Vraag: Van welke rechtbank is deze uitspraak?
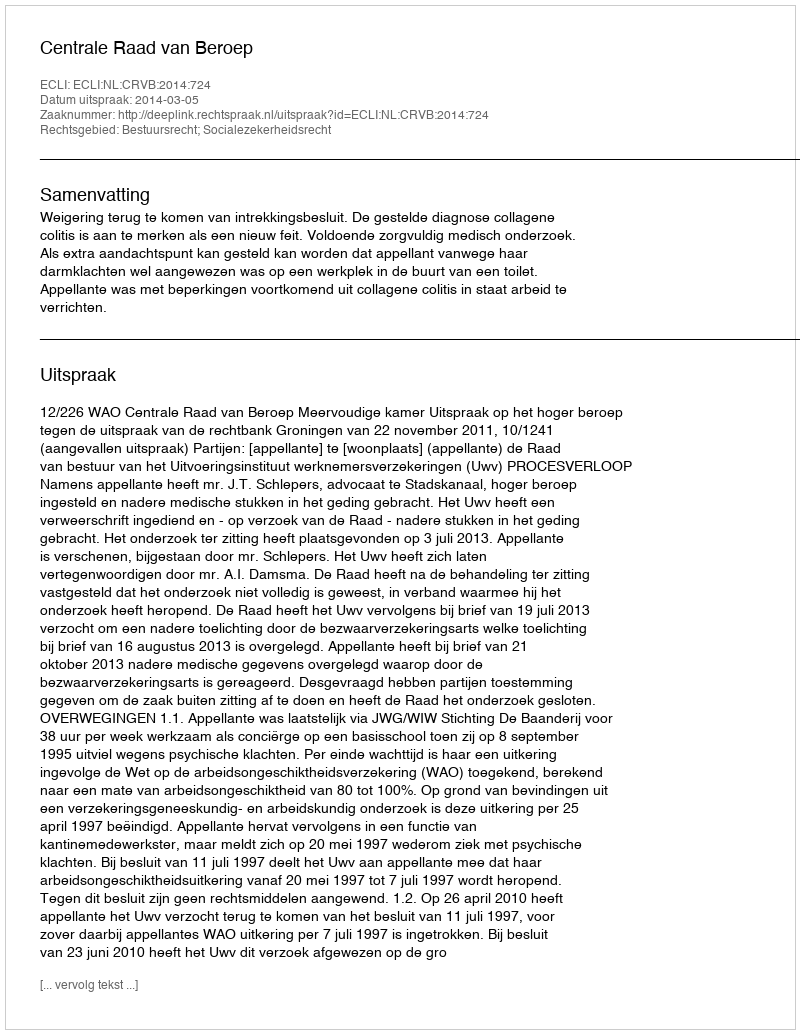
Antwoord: Centrale Raad van Beroep